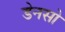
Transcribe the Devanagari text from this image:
डेनसो